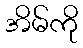
အိမ်ကို